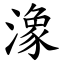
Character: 潒